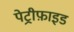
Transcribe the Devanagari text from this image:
पेट्रीफ़ाइड